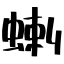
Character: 蝲